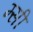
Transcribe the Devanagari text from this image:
म्सी